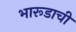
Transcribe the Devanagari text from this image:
भारूडाची